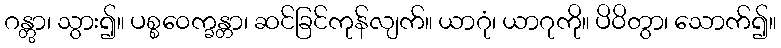
ဂန္တွာ၊ သွား၍။ ပစ္စဝေက္ခန္တာ၊ ဆင်ခြင်ကုန်လျက်။ ယာဂုံ၊ ယာဂုကို။ ပိဝိတွာ၊ သောက်၍။